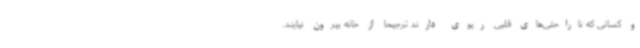
و کسانی که ناراحتی‌های قلبی ریوی دارند ترجیحا از خانه بیرون نیایند.